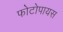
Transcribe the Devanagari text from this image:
फोटोपायस